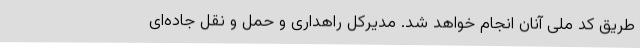
طریق کد ملی آنان انجام خواهد شد. مدیرکل راهداری و حمل و نقل جاده‌ای